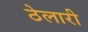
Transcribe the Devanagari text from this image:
ठेलारी